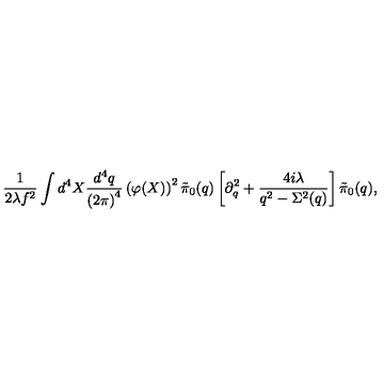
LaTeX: \frac { 1 } { 2 \lambda f ^ { 2 } } \int d ^ { 4 } X \frac { d ^ { 4 } q } { \left( 2 \pi \right) ^ { 4 } } \left( \varphi ( X ) \right) ^ { 2 } \tilde { \pi } _ { 0 } ( q ) \left[ \partial _ { q } ^ { 2 } + \frac { 4 i \lambda } { q ^ { 2 } - \Sigma ^ { 2 } ( q ) } \right] \tilde { \pi } _ { 0 } ( q ) ,